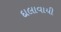
દાલાવાયી